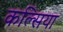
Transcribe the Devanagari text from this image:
कल्सिया